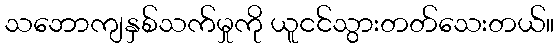
သဘောကျနှစ်သက်မှုကို ယူငင်သွားတတ်သေးတယ်။